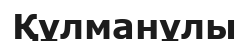
Құлманұлы